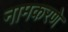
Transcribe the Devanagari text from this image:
नामकरणे